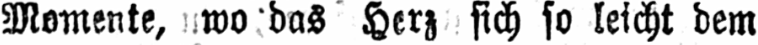
Momente, wo das Herz sich so leicht dem